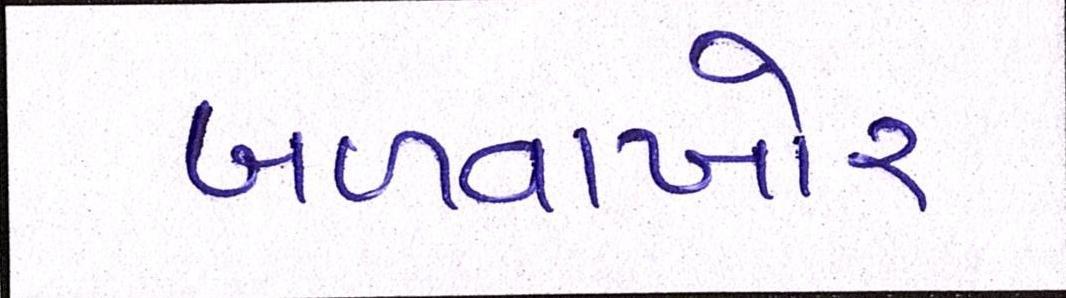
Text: બળવાખોર